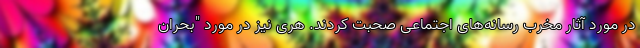
در مورد آثار مخرب رسانه‌های اجتماعی صحبت کردند. هری نیز در مورد "بحران